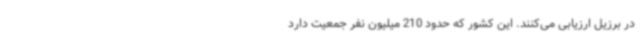
در برزیل ارزیابی می‌کنند. این کشور که حدود 210 میلیون نفر جمعیت دارد